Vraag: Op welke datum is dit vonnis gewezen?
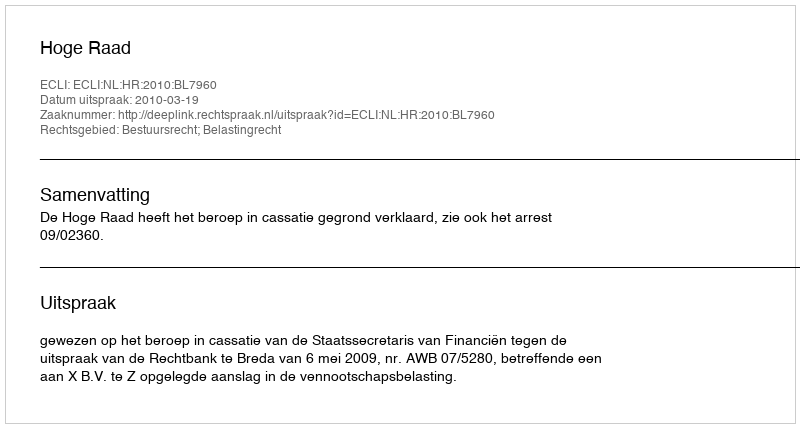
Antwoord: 2010-03-19